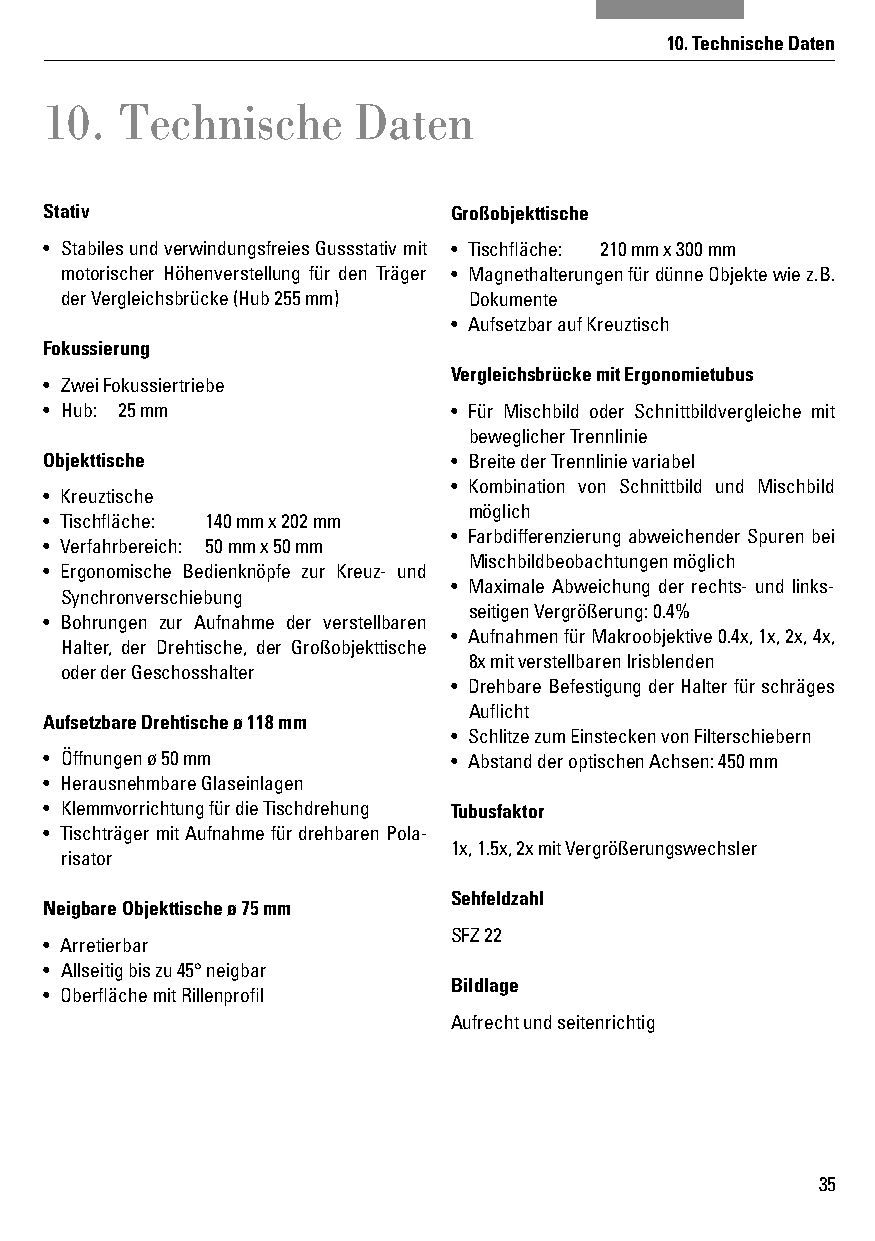
10. Technische Daten
 10.  Technische     Daten
 Stativ                     Großobjekttische
 • Stabiles und verwindungsfreies Gussstativ mit • Tischfl äche: 210 mm x 300 mm
 motorischer Höhenverstellung für den Träger • Magnethalterungen für dünne Objekte wie z.B.
 der Vergleichsbrücke (Hub 255 mm) Dokumente
 • Aufsetzbar auf Kreuztisch
 Fokussierung
 Vergleichsbrücke mit Ergonomietubus
 • Zwei Fokussiertriebe
 • Hub: 25 mm               • Für Mischbild oder Schnittbildvergleiche mit
 beweglicher Trennlinie
 Objekttische               • Breite der Trennlinie variabel
 • Kombination von Schnittbild und Mischbild
 • Kreuztische
 möglich
 • Tischfl äche: 140 mm x 202 mm
 • Farbdifferenzierung abweichender Spuren bei
 • Verfahrbereich: 50 mm x 50 mm
 Mischbildbeobachtungen möglich
 • Ergonomische Bedienknöpfe zur Kreuz- und
 • Maximale Abweichung der rechts- und links-
 Synchronverschiebung
 seitigen Vergrößerung: 0.4%
 • Bohrungen zur Aufnahme der verstellbaren
 • Aufnahmen für Makroobjektive 0.4x, 1x, 2x, 4x,
 Halter, der Drehtische, der Großobjekttische
 8x mit verstellbaren Irisblenden
 oder der Geschosshalter
 • Drehbare Befestigung der Halter für schräges
 Aufl icht
 Aufsetzbare Drehtische ø 118 mm
 • Schlitze zum Einstecken von Filterschiebern
 • Öffnungen ø 50 mm        • Abstand der optischen Achsen: 450 mm
 • Herausnehmbare Glaseinlagen
 • Klemmvorrichtung für die Tischdrehung Tubusfaktor
 • Tischträger mit Aufnahme für drehbaren Pola-
 1x, 1.5x, 2x mit Vergrößerungswechsler
 risator
 Sehfeldzahl
 Neigbare Objekttische ø 75 mm
 SFZ 22
 • Arretierbar
 • Allseitig bis zu 45° neigbar
 Bildlage
 • Oberfl äche mit Rillenprofi l
 Aufrecht und seitenrichtig
 35